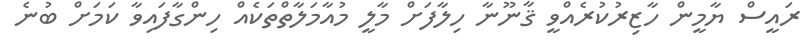
ރައީސް ޔާމީން ހާޒިރުކުރެއްވީ ޤާނޫނާ ހިލާފަށް މާލީ މުއާމަލާތްތަކެއް ހިންގާފައިވާ ކަމަށް ބުނެ